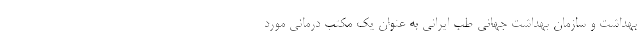
بهداشت و سازمان بهداشت جهانی طب ایرانی به عنوان یک مکتب درمانی مورد